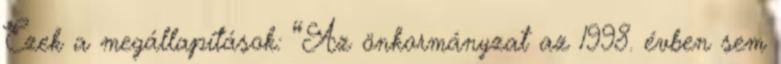
Ezek a megállapítások: “Az önkormányzat az 1998. évben sem